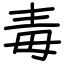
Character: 毒